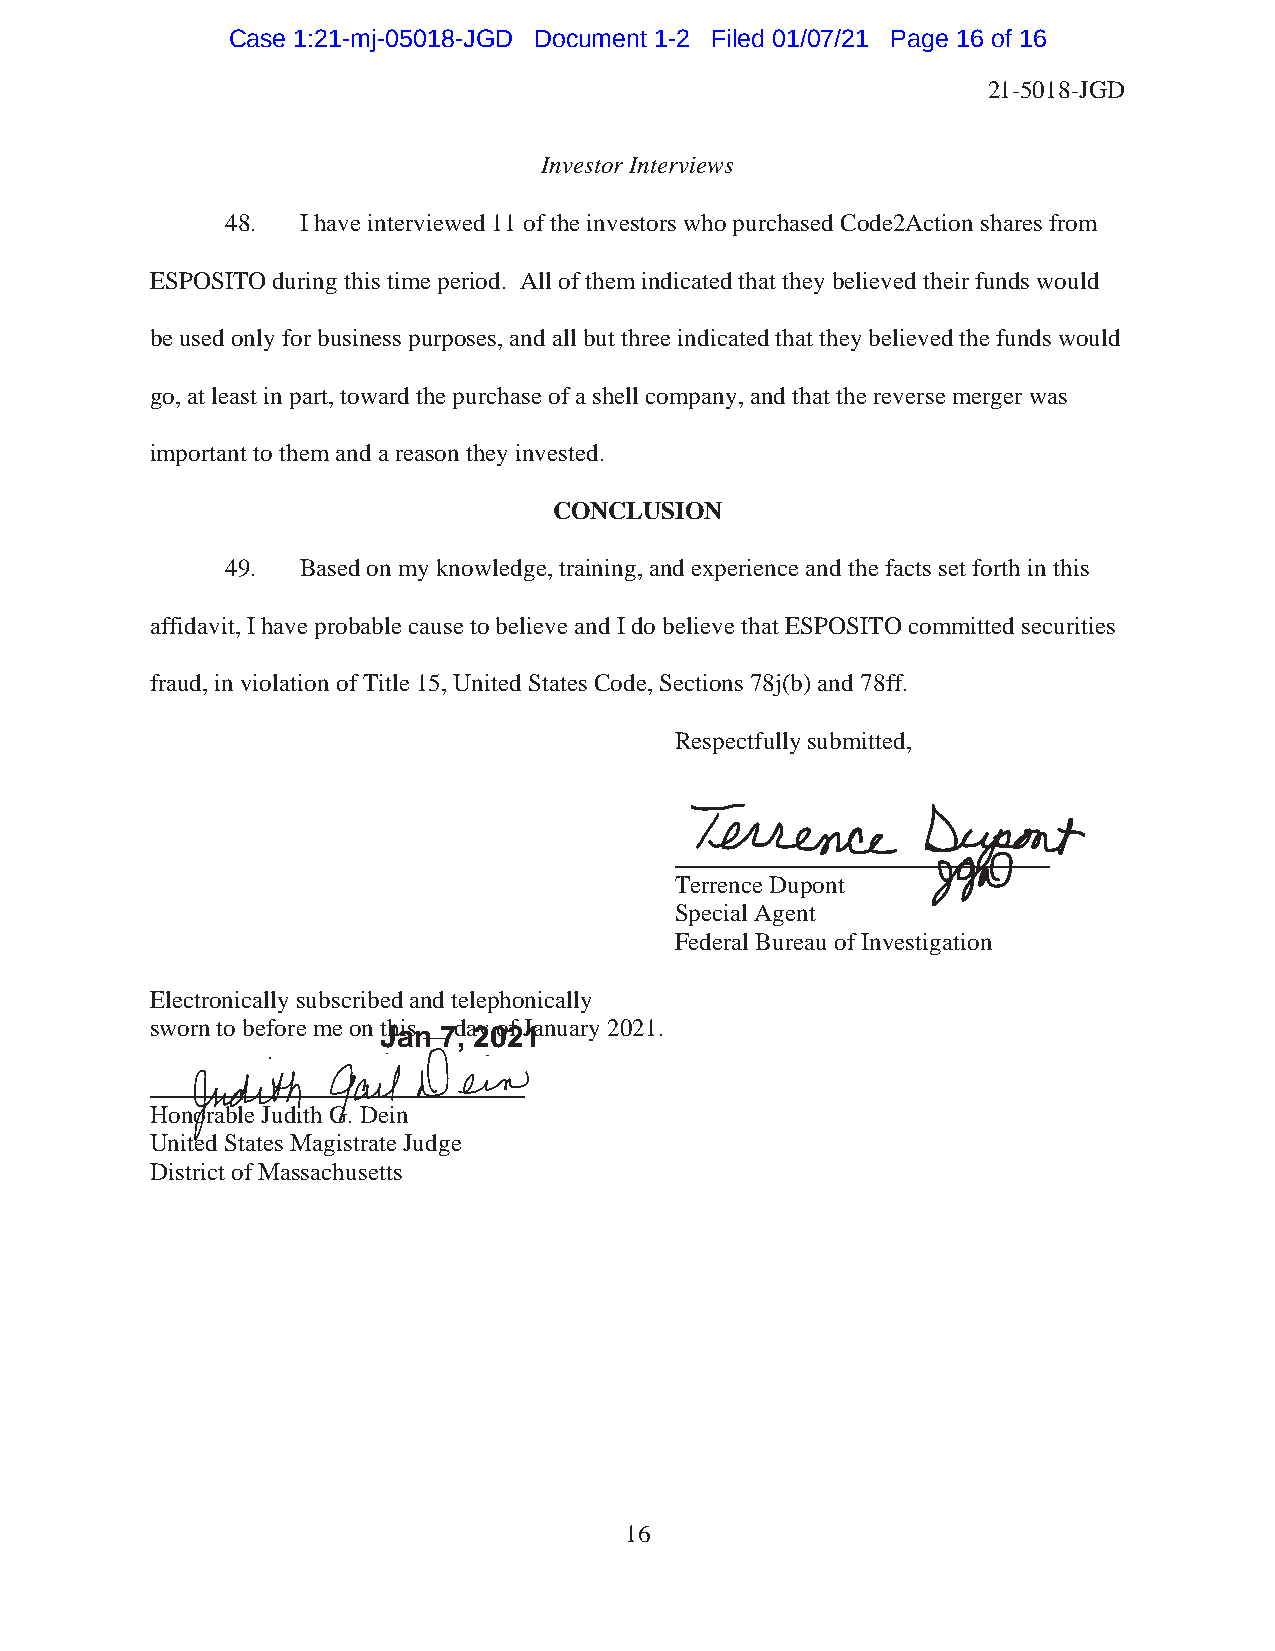
Case 1:21-mj-05018-JGD Document 1-2 Filed 01/07/21 Page 16 of 16
 21-5018-JGD
 Investor Interviews
 48.  I have interviewed 11 of the investors who purchased Code2Action shares from
 ESPOSITO during this time period. All of them indicated that they believed their funds would
 be used only for business purposes, and all but three indicated that they believed the funds would
 go, at least in part, toward the purchase of a shell company, and that the reverse merger was
 important to them and a reason they invested.
 CONCLUSION
 49.  Based on my knowledge, training, and experience and the facts set forth in this
 affidavit, I have probable cause to believe and I do believe that ESPOSITO committed securities
 fraud, in violation of Title 15, United States Code, Sections 78j(b) and 78ff.
 Respectfully submitted,
 Terrence Dupont
 Special Agent
 Federal Bureau of Investigation
 Electronically subscribed and telephonically
 sworn to before me on this __ day of January 2021.
 Jan 7, 2021
 Honorable Judith G. Dein
 United States Magistrate Judge
 District of Massachusetts
 16